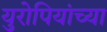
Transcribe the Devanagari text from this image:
युरोपियांच्या